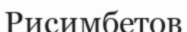
Рисимбетов